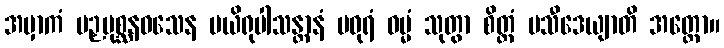
အမှာကံ ပဉှပုစ္ဆနဝသေန ပယိရုပါသန္တာနံ မဓုရံ ဓမ္မံ သုတွာ စိတ္တံ ပသီဒေယျာတိ အတ္ထော။